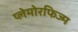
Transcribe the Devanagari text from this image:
प्लेमोरफिज्म